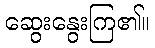
ဆွေးနွေးကြ၏။